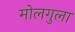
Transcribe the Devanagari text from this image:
मोलगुला